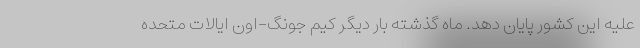
علیه این کشور پایان دهد. ماه گذشته بار دیگر کیم جونگ-اون ایالات متحده